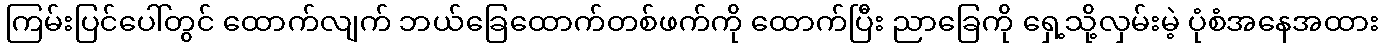
ကြမ်းပြင်ပေါ်တွင် ထောက်လျက် ဘယ်ခြေထောက်တစ်ဖက်ကို ထောက်ပြီး ညာခြေကို ရှေ့သို့လှမ်းမဲ့ ပုံစံအနေအထား